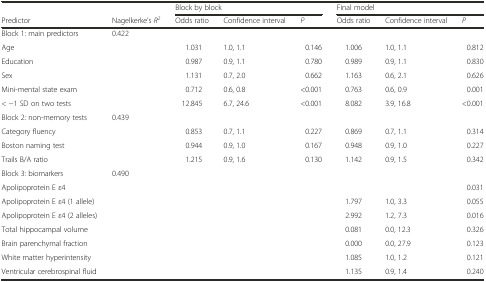
<table><thead><tr><td></td><td></td><td colspan="3"><b>Block by block</b></td><td colspan="3"><b>Final model</b></td></tr><tr><td><b>Predictor</b></td><td><b>Nagelkerke’s <i>R</i><sup><i>2</i></sup></b></td><td><b>Odds ratio</b></td><td><b>Confidence interval</b></td><td><b><i>P</i></b></td><td><b>Odds ratio</b></td><td><b>Confidence interval</b></td><td><b><i>P</i></b></td></tr></thead><tbody><tr><td>Block 1: main predictors</td><td>0.422</td><td></td><td></td><td></td><td></td><td></td><td></td></tr><tr><td>Age</td><td></td><td>1.031</td><td>1.0, 1.1</td><td>0.146</td><td>1.006</td><td>1.0, 1.1</td><td>0.812</td></tr><tr><td>Education</td><td></td><td>0.987</td><td>0.9, 1.1</td><td>0.780</td><td>0.989</td><td>0.9, 1.1</td><td>0.830</td></tr><tr><td>Sex</td><td></td><td>1.131</td><td>0.7, 2.0</td><td>0.662</td><td>1.163</td><td>0.6, 2.1</td><td>0.626</td></tr><tr><td>Mini-mental state exam</td><td></td><td>0.712</td><td>0.6, 0.8</td><td>&lt;0.001</td><td>0.763</td><td>0.6, 0.9</td><td>0.001</td></tr><tr><td>&lt; −1 SD on two tests</td><td></td><td>12.845</td><td>6.7, 24.6</td><td>&lt;0.001</td><td>8.082</td><td>3.9, 16.8</td><td>&lt;0.001</td></tr><tr><td>Block 2: non-memory tests</td><td>0.439</td><td></td><td></td><td></td><td></td><td></td><td></td></tr><tr><td>Category fluency</td><td></td><td>0.853</td><td>0.7, 1.1</td><td>0.227</td><td>0.869</td><td>0.7, 1.1</td><td>0.314</td></tr><tr><td>Boston naming test</td><td></td><td>0.944</td><td>0.9, 1.0</td><td>0.167</td><td>0.948</td><td>0.9, 1.0</td><td>0.227</td></tr><tr><td>Trails B/A ratio</td><td></td><td>1.215</td><td>0.9, 1.6</td><td>0.130</td><td>1.142</td><td>0.9, 1.5</td><td>0.342</td></tr><tr><td>Block 3: biomarkers</td><td>0.490</td><td></td><td></td><td></td><td></td><td></td><td></td></tr><tr><td>Apolipoprotein E ε4</td><td></td><td></td><td></td><td></td><td></td><td></td><td>0.031</td></tr><tr><td>Apolipoprotein E ε4 (1 allele)</td><td></td><td></td><td></td><td></td><td>1.797</td><td>1.0, 3.3</td><td>0.055</td></tr><tr><td>Apolipoprotein E ε4 (2 alleles)</td><td></td><td></td><td></td><td></td><td>2.992</td><td>1.2, 7.3</td><td>0.016</td></tr><tr><td>Total hippocampal volume</td><td></td><td></td><td></td><td></td><td>0.081</td><td>0.0, 12.3</td><td>0.326</td></tr><tr><td>Brain parenchymal fraction</td><td></td><td></td><td></td><td></td><td>0.000</td><td>0.0, 27.9</td><td>0.123</td></tr><tr><td>White matter hyperintensity</td><td></td><td></td><td></td><td></td><td>1.085</td><td>1.0, 1.2</td><td>0.121</td></tr><tr><td>Ventricular cerebrospinal fluid</td><td></td><td></td><td></td><td></td><td>1.135</td><td>0.9, 1.4</td><td>0.240</td></tr></tbody></table>